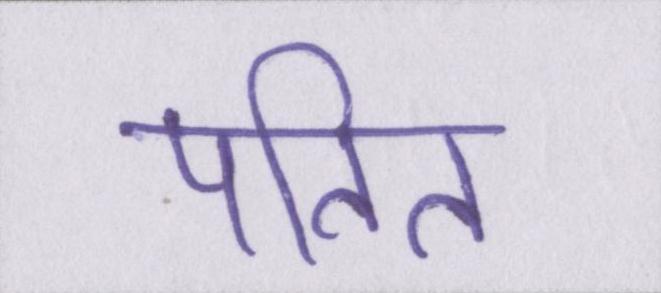
पतित